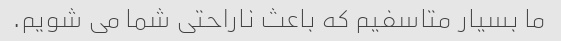
ما بسیار متاسفیم که باعث ناراحتی شما می شویم.